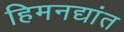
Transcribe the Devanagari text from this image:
हिमनद्यांत